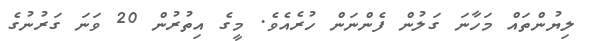
ލިޔުންތައް މަހާނަ ގަލުން ފެންނަން ހުރެއެވެ. މީގެ އިތުރުން 20 ވަނަ ގަރުނުގެ